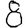
Digit: 8